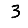
Digit: 3